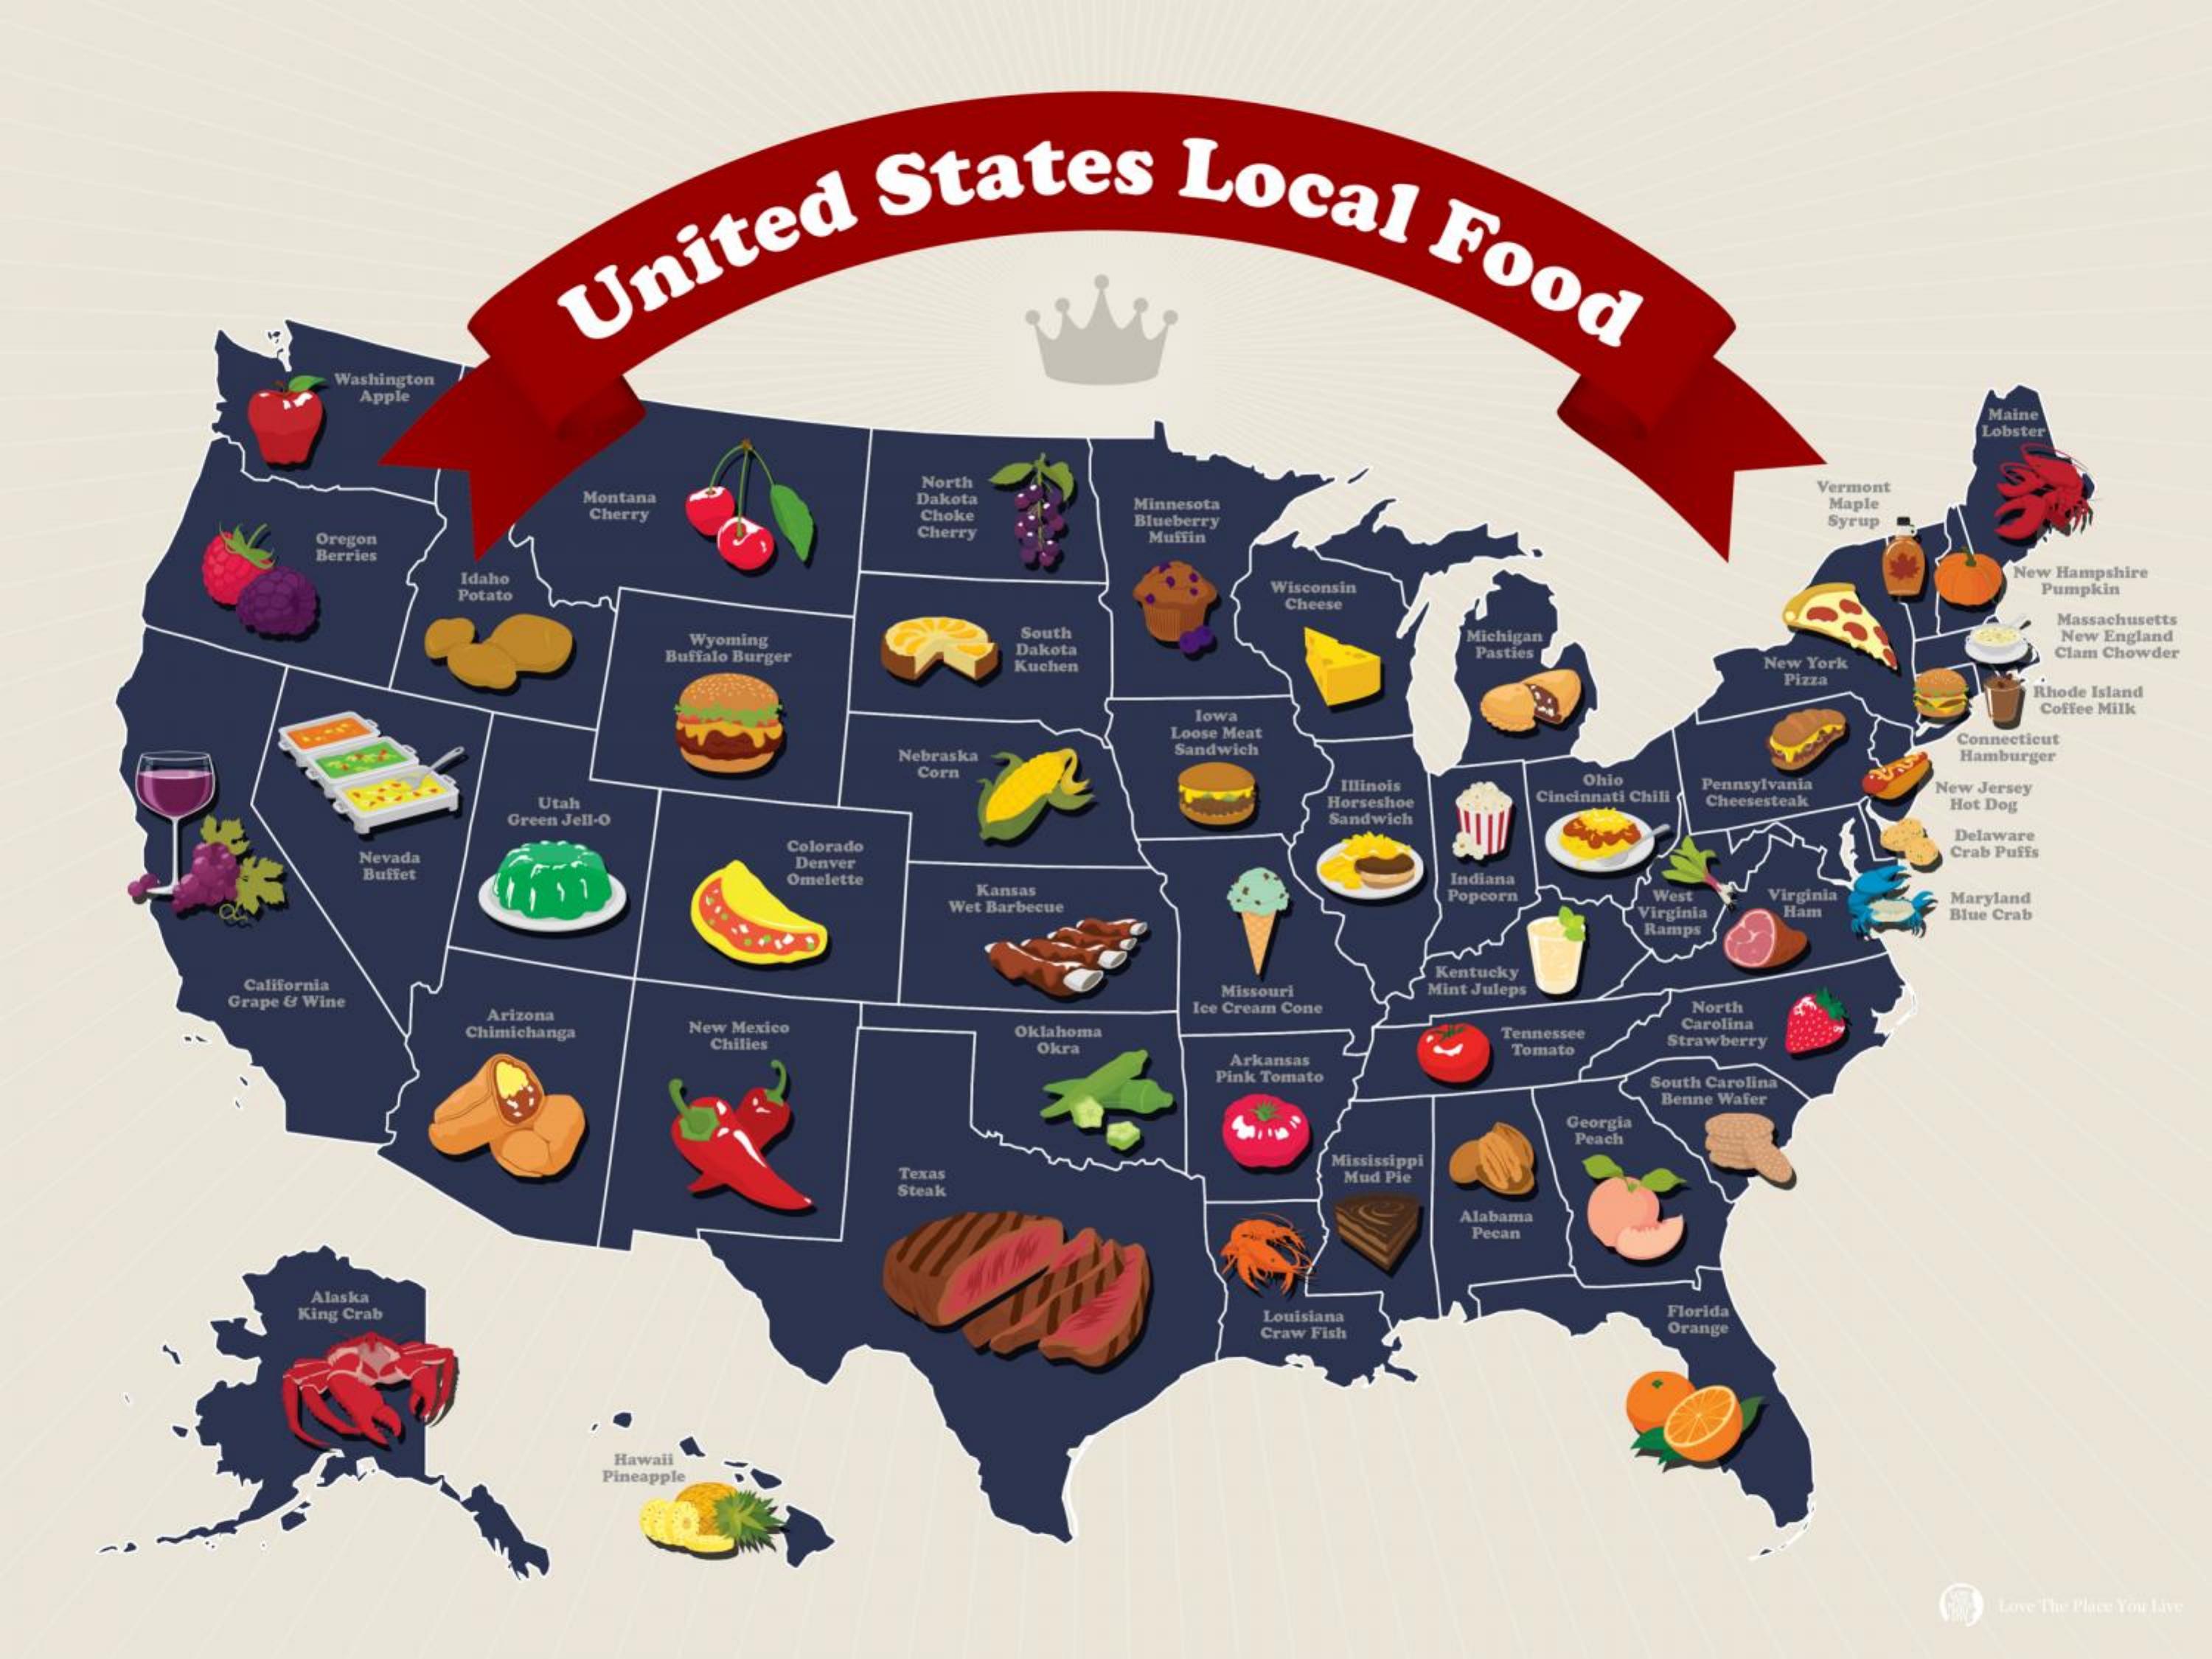
United
     States    Local
     Food Unite
     Washington
     Apple
     Maine
     Lobster
     Montana
     North
     Dakota
     Vermont
     Cherry    Choke
     Minnesota    Maple
     Cherry
     Blueberry
     Muffin
     Syrup
     Oregon
     Berries
     Idaho    Wisconsin
     New Hampshire
     Potato
     Cheese
     Pumpkin
     Massachusetts
     Wyoming
     South
     Dakota
     Michigan    New England
     Buffalo Burger
     Kuchen
     Pasties
     New York
     Clam Chowder
     Pizza
     Rhode Island
     Iowa    Coffee Milk
     Loose Meat
     Nebraska Sandwich
     Connecticut
     Hamburger
     Corn
     Illinois Ohio
     Cincinnati Chili
     Pennsylvania
     Utah    Horseshoe    Cheesesteak
     New Jersey
     Hot Dog
     Green Jell-O    Sandwich
     Delaware
     Nevada
     Colorado
     Denver
     Crab Puffs
     1
     Omelette
     Kansas    Indiana
     Wet Barbecue
     Popcorn West Virginia
     Virginia Ham
     Maryland
     Ramps
     Blue Crab
     California    Missouri
     Kentucky
     Grape & Wine
     Mint Juleps
     Arizona    Ice Cream Cone  North
     Chimichanga New Mexico Oklahoma   Tennessee
     Carolina
     Chilies    Okra    Strawberry
     Arkansas
     Tomato
     Pink Tomato   South Carolina
     Benne Wafer
     Georgia
     Peach
     Texas
     Mississippi
     Steak
     Mud Pie
     Alabama
     Pecan
     Alaska
     King Crab    Louisiana    Florida
     Craw Fish    Orange
     Hawaii
     Pineapple
     Love The Place You Live